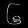
Digit: ၆